Report of the Imperial Institute of Veterinary Research, Muktesar
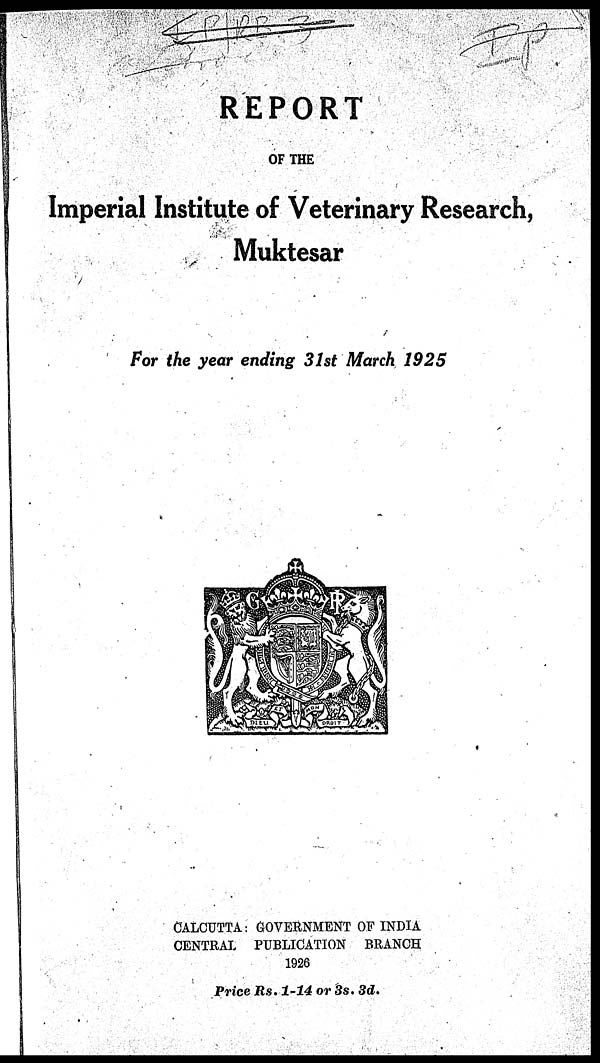
REPORT
OF THE
Imperial Institute of Veterinary Research,
Muktesar
For the year ending 31st March 1925
CALCUTTA : GOVERNMENT OF INDIA
CENTRAL PUBLICATION BRANCH
1926
Price Rs. 1-14 or 3s. 3d.